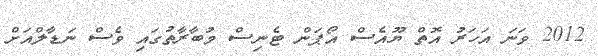
2012 ވަނަ އަހަރު އޮތް ޔޫއެސް އޯޕަން ޓެނިސް މުބާރާތުގައި ވެސް ނަޑާލްއަށް